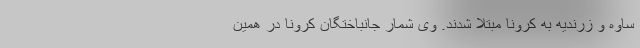
ساوه و زرندیه به کرونا مبتلا شدند. وی شمار جانباختگان کرونا در همین